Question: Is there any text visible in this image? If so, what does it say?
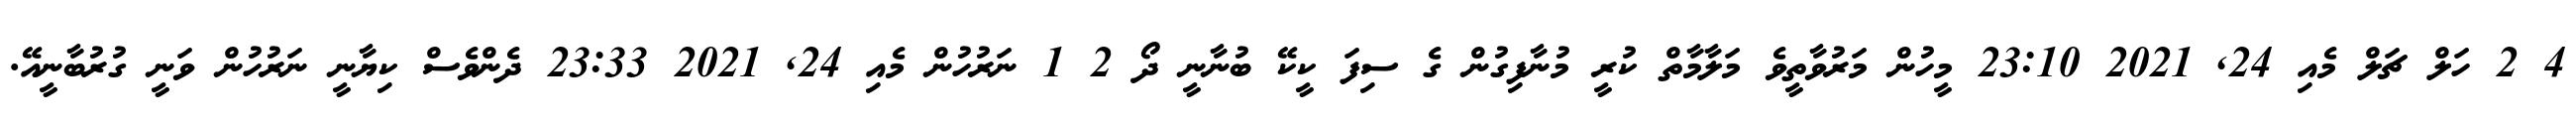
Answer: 4 2 ހަލް ޗަލް މެއި 24, 2021 23:10 މީހުން މަރުވާތީވެ މަލާމާތް ކުރީ މުނާފިގުން ގެ ސިފަ ކީކޭ ބުނާނީ ދޯ 2 1 ނަރުހުން މެއި 24, 2021 23:33 ދެންވެސް ކިޔާނީ ނަރުހުން ވަނީ ގުރުބާނީއޭ.